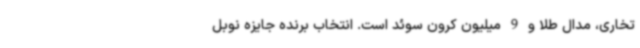
تخاری، مدال طلا و 9 میلیون کرون سوئد است. انتخاب برنده جایزه نوبل